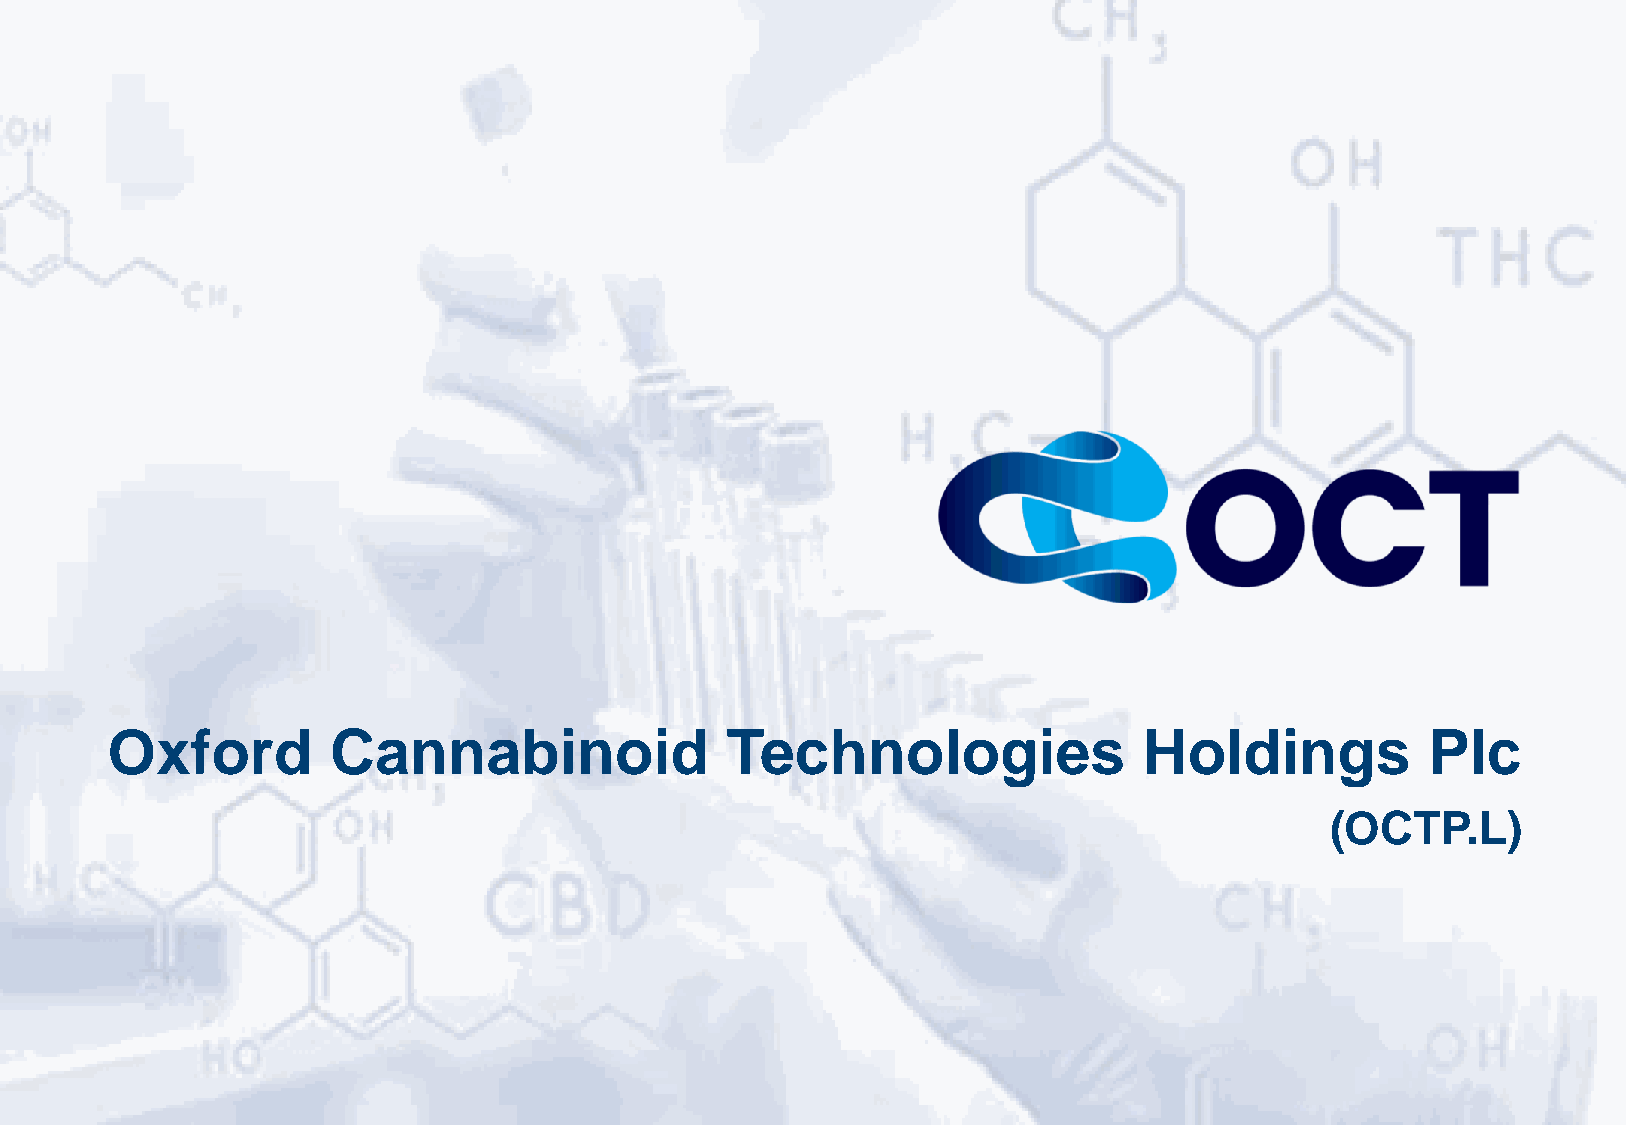
Oxford         Cannabinoid               Technologies                Holdings          Plc
 (OCTP.L)